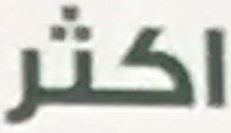
اكثر